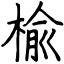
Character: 楡